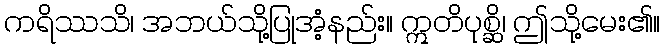
ကရိဿသိ၊ အဘယ်သို့ပြုအံ့နည်း။ ဣတိပုစ္ဆိ၊ ဤသို့မေး၏။